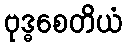
ဗုဒ္ဓစေတိယံ